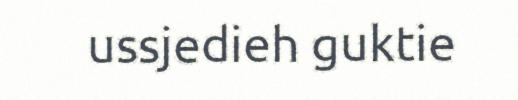
ussjedieh guktie